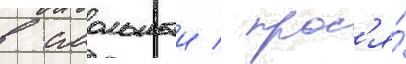
в смольныи / прос'я́